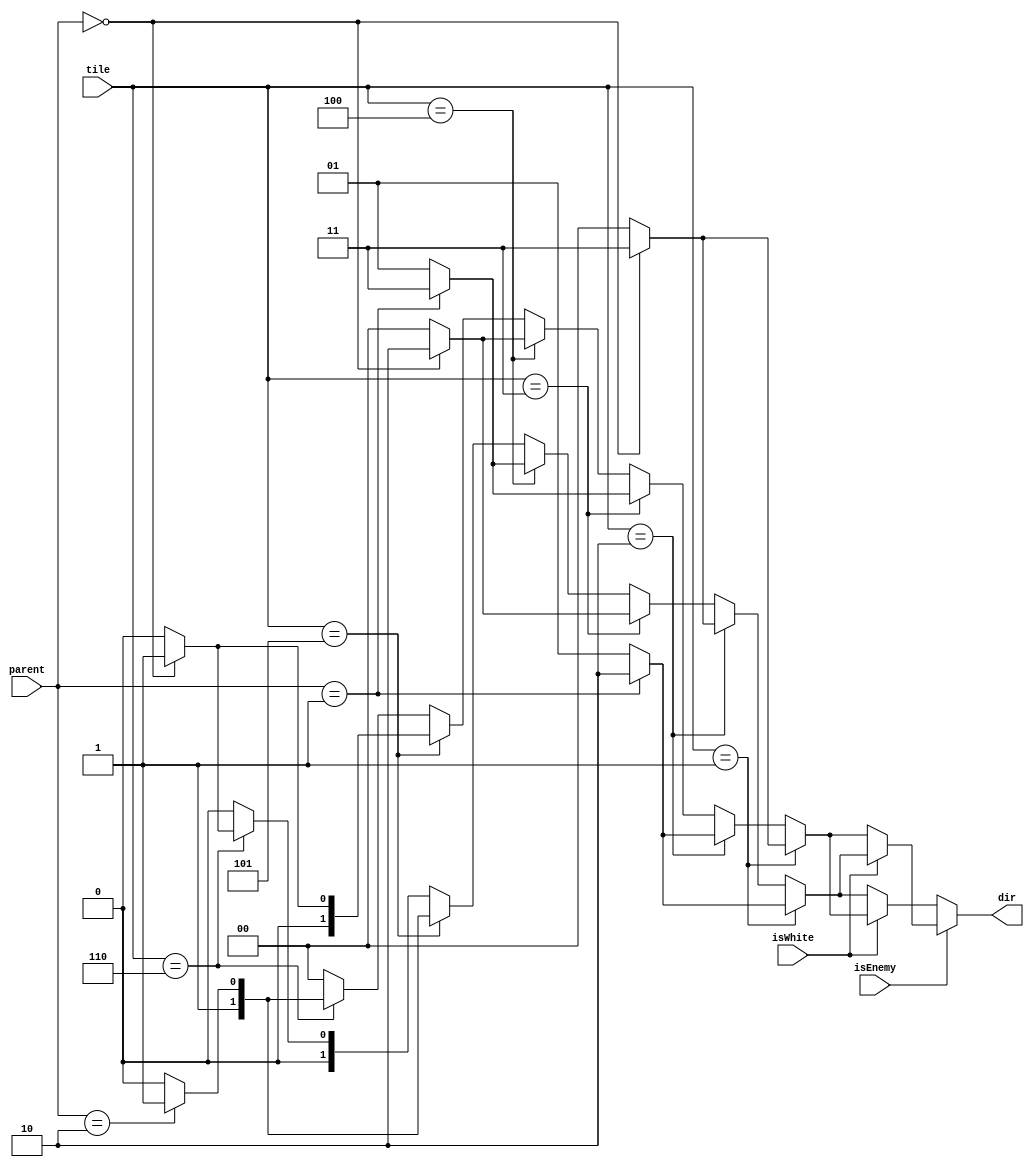
module find_dir(
input[3:0] tile,
input[1:0] parent,
input isWhite, isEnemy, 
output reg[1:0] dir
);

	always@(*)begin
		dir = 0;
		// check baraye khodemun
		if(isEnemy == 0) begin
			if(isWhite) begin          // we are White
				if(tile==1)begin
					if(parent==0)
						dir=3;
					else
						dir=0;
				end
				
				else if(tile==2)begin
					if(parent==1)
						dir=2;
					else
						dir=1;
				end
				
				else if(tile==3)begin
					if(parent==1)
						dir=3;
					else
						dir=1;
				end
				
				else if(tile==4)begin
					if(parent==0)
						dir=2;
					else
						dir=0;
				end
				
				else if(tile==5)begin
					if(parent==0)
						dir=1;
					else
						dir=0;
				end
				
				else if(tile==6)begin
					if(parent==2)
						dir=3;
					else
						dir=2;
				end
			end
			else begin   // we are Black
				if(tile==1)begin
					if(parent==1)
						dir=2;
					else
						dir=1;
				end
				
				else if(tile==2)begin
					if(parent==0)
						dir=3;
					else
						dir=0;
				end
				
				else if(tile==3)begin
					if(parent==0)
						dir=2;
					else
						dir=0;
				end
				
				else if(tile==4)begin
					if(parent==1)
						dir=3;
					else
						dir=1;
				end
				
				else if(tile==5)begin
					if(parent==2)
						dir=3;
					else
						dir=2;
				end
				
				else if(tile==6)begin
					if(parent==0)
						dir=1;
					else
						dir=0;
				end
			end
		end
		
		
		// Check for enemy
		
		
		
		else begin   // isEnemy == 1
			if(isWhite) begin          // we are White
				if(tile==1)begin
					if(parent==1)
						dir=2;
					else
						dir=1;
				end
				
				else if(tile==2)begin
					if(parent==0)
						dir=3;
					else
						dir=0;
				end
				
				else if(tile==3)begin
					if(parent==0)
						dir=2;
					else
						dir=0;
				end
				
				else if(tile==4)begin
					if(parent==1)
						dir=3;
					else
						dir=1;
				end
				
				else if(tile==5)begin
					if(parent==2)
						dir=3;
					else
						dir=2;
				end
				
				else if(tile==6)begin
					if(parent==0)
						dir=1;
					else
						dir=0;
				end
			end
			else begin   // we are Black
				if(tile==1)begin
					if(parent==0)
						dir=3;
					else
						dir=0;
				end
				
				else if(tile==2)begin
					if(parent==1)
						dir=2;
					else
						dir=1;
				end
				
				else if(tile==3)begin
					if(parent==1)
						dir=3;
					else
						dir=1;
				end
				
				else if(tile==4)begin
					if(parent==0)
						dir=2;
					else
						dir=0;
				end
				
				else if(tile==5)begin
					if(parent==0)
						dir=1;
					else
						dir=0;
				end
				
				else if(tile==6)begin
					if(parent==2)
						dir=3;
					else
						dir=2;
				end
			end
		end
	end

endmodule